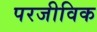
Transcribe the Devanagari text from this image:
परजीविक